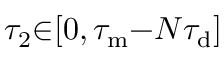
\tau _ { 2 } { \in } [ 0 , \tau _ { \mathrm { m } } { - } N \tau _ { \mathrm { d } } ]